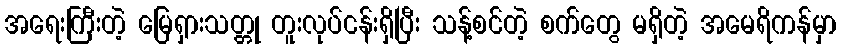
အရေးကြီးတဲ့ မြေရှားသတ္တု တူးလုပ်ငန်းရှိပြီး သန့်စင်တဲ့ စက်တွေ မရှိတဲ့ အမေရိကန်မှာ